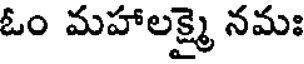
ఓం మహాలక్ష్మై నమః